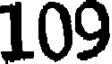
109